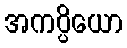
အကပ္ပိယော